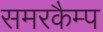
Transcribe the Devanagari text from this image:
समरकैम्प